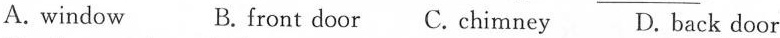
A. window B.front door C.Chimney D. back door